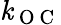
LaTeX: \mathit{k}_{\mathrm{{~O~C~}}}